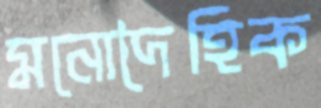
মনোদৈহিক